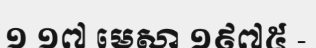
១ ១៧ មេសា ១៩៧៥ -